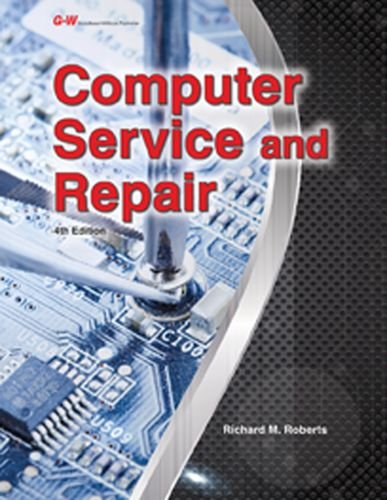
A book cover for Computer Service and Repair; Richard M. Roberts; Computers & Technology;